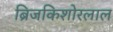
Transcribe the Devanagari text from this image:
ब्रिजकिशोरलाल